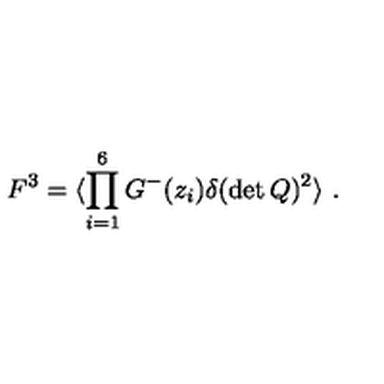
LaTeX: F ^ { 3 } = \langle \prod _ { i = 1 } ^ { 6 } G ^ { - } ( z _ { i } ) \delta ( \det Q ) ^ { 2 } \rangle \ .